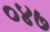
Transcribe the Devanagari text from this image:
०४७